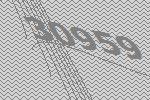
30959